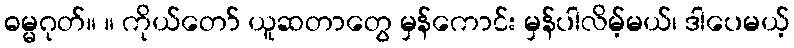
ဓမ္မဂုတ်။ ။ ကိုယ်တော် ယူဆတာတွေ မှန်ကောင်း မှန်ပါလိမ့်မယ်၊ ဒါပေမယ့်